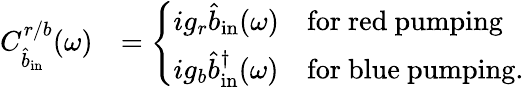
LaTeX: \begin{array}{rl}{C_{\hat{b}_{\mathrm{in}}}^{r/b}(\omega)}&{=\left\{ \begin{array}{ll}{ig_{r}\hat{b}_{\mathrm{in}}(\omega)}&{\mathrm{for~red~pumping}}\\ {ig_{b}\hat{b}_{\mathrm{in}}^{\dagger}(\omega)}&{\mathrm{for~blue~pumping.}}\end{array}\right.}\end{array}